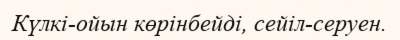
Күлкі-ойын көрінбейді, сейіл-серуен.